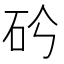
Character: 𥐤